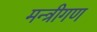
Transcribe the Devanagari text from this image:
मन्त्रीगण